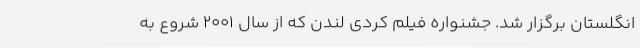
انگلستان برگزار شد. جشنواره فيلم کُردی لندن که از سال 2001 شروع به